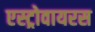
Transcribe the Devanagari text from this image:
एस्ट्रोवायरस